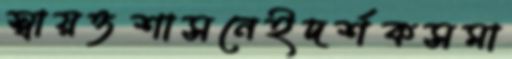
স্বায়ত্তশাসনেইদর্শকসমা